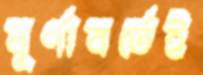
ঘূর্ণাবর্তেই